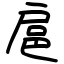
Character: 扈